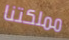
مملكتنا